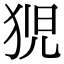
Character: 𭸍